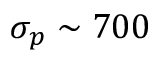
\sigma _ { p } \sim 7 0 0